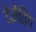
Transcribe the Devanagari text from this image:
देमेंतिंग